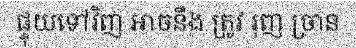
ផ្ទុយទៅវិញ អាចនឹង ត្រូវ រុញ ច្រាន